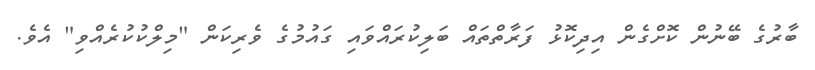
ބާރުގެ ބޭނުން ކޮށްގެން އިދިކޮޅު ފަރާތްތައް ބަލިކުރައްވައި ގައުމުގެ ވެރިކަން "މިލްކުކުރެއްވި" އެވެ.